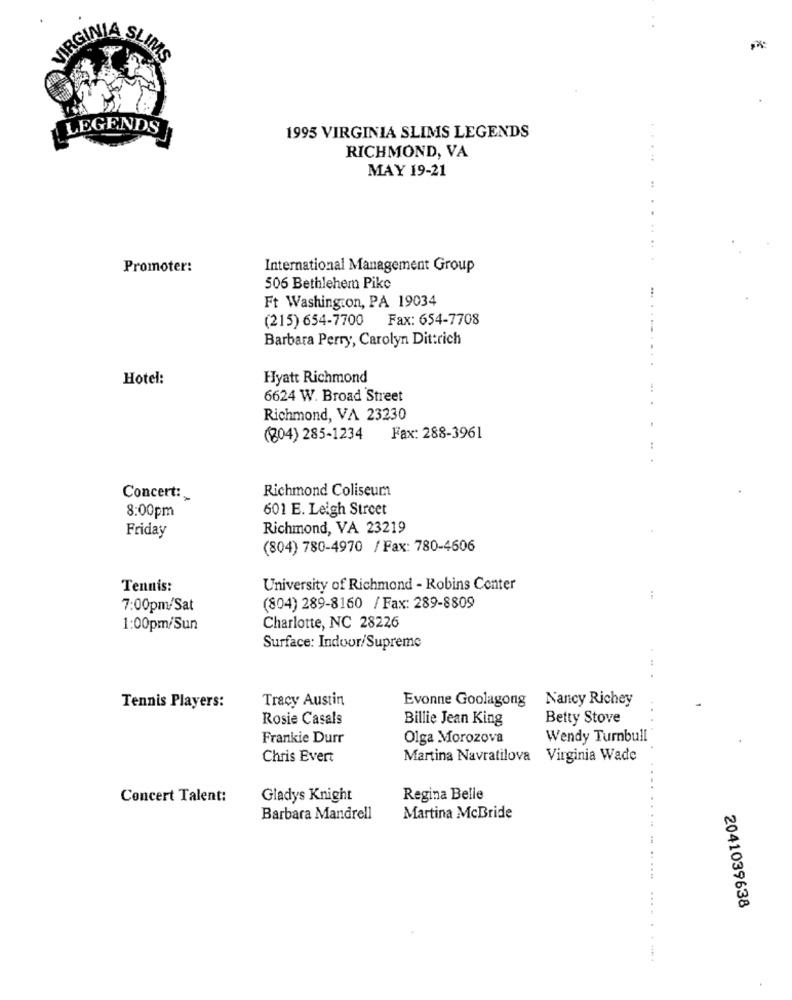
VIRGINIA SLI
LEGENDS
1995 VIRGINIA SLIMS LEGENDS
RICHMOND, VA
.....
MAY 19-21
..
Promoter:
International Management Group
506 Bethlehem Pike
Ft Washington, PA 19034
(215) 654-7700 Fax: 654-7708
Barbara Perry, Carolyn Dittrich
...
Hotel:
Hyatt Richmond
6624 W. Broad Street
...
Richmond, VA 23230
(804) 285-1234
Fax: 288-3961
Richmond Coliseum
Concert :_
601 E. Leigh Street
8:00pm
Friday
Richmond, VA 23219
(804) 780-4970 / Fax: 780-4606
Tennis:
University of Richmond - Robins Center
:
7:00pm/Sat
(804) 289-8160 / Fax: 289-8809
1:00pm/Sun
Charlotte, NC 28226
Surface: Indoor/Supreme
Tracy Austin
Evonne Goolagong Nancy Richey
Tennis Players:
Rosie Casals
Billie Jean King
Betty Stove
Frankie Durr
Olga Morozova
Wendy Turnbull
Chris Evert
Martina Navratilova Virginia Wade
Concert Talent:
Gladys Knight
Regina Belle
Barbara Mandrell
Martina McBride
2041039638